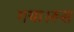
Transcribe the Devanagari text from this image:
गया।रूस